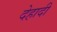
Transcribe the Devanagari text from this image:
देहादी